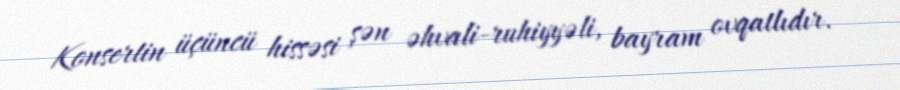
Konsertin üçüncü hissəsi şən əhvali-ruhiyyəli, bayram ovqatlıdır.